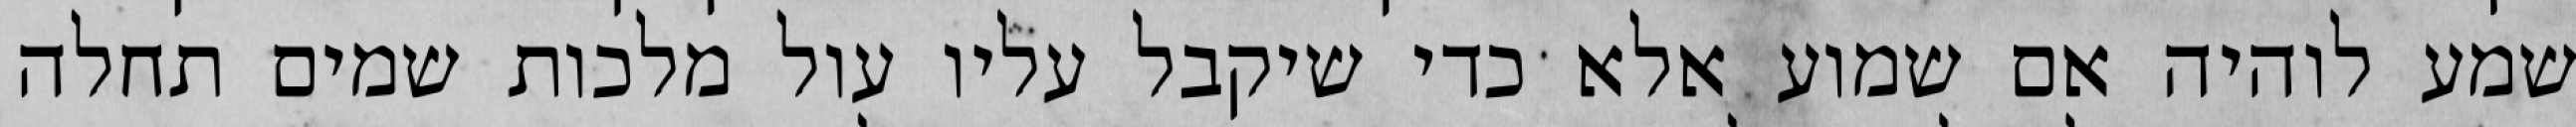
שמע לוהיה אם שמוע אלא כדי שיקבל עליו עול מלכות שמים תחלה